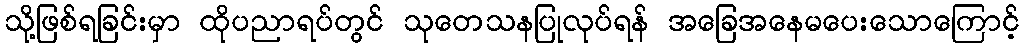
သို့ဖြစ်ရခြင်းမှာ ထိုပညာရပ်တွင် သုတေသနပြုလုပ်ရန် အခြေအနေမပေးသောကြောင့်